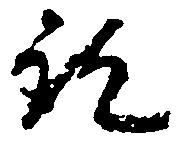
訖